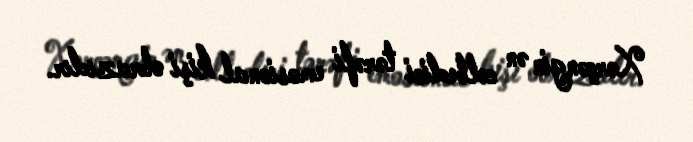
Xərçəngin ən cəlbedici tərəfi emosional kişi obrazıdır.